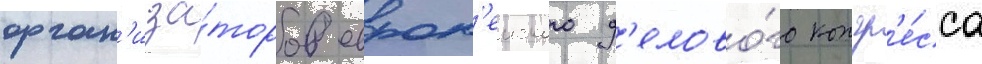
орган'иза́торов европ'еиского д'елово́го конгр'е́сса